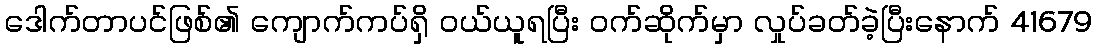
ဒေါက်တာပင်ဖြစ်၏ ကျောက်ကပ်ရှိ ဝယ်ယူရပြီး ဝက်ဆိုက်မှာ လှုပ်ခတ်ခဲ့ပြီးနောက် 41679